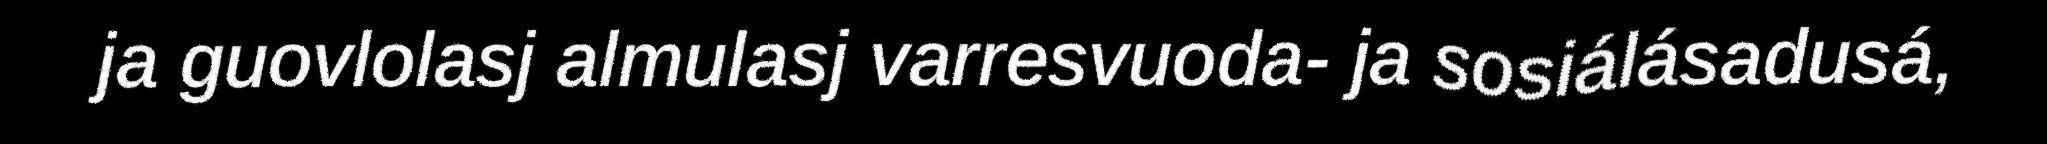
ja guovlolasj almulasj varresvuoda- ja sosiálásadusá,